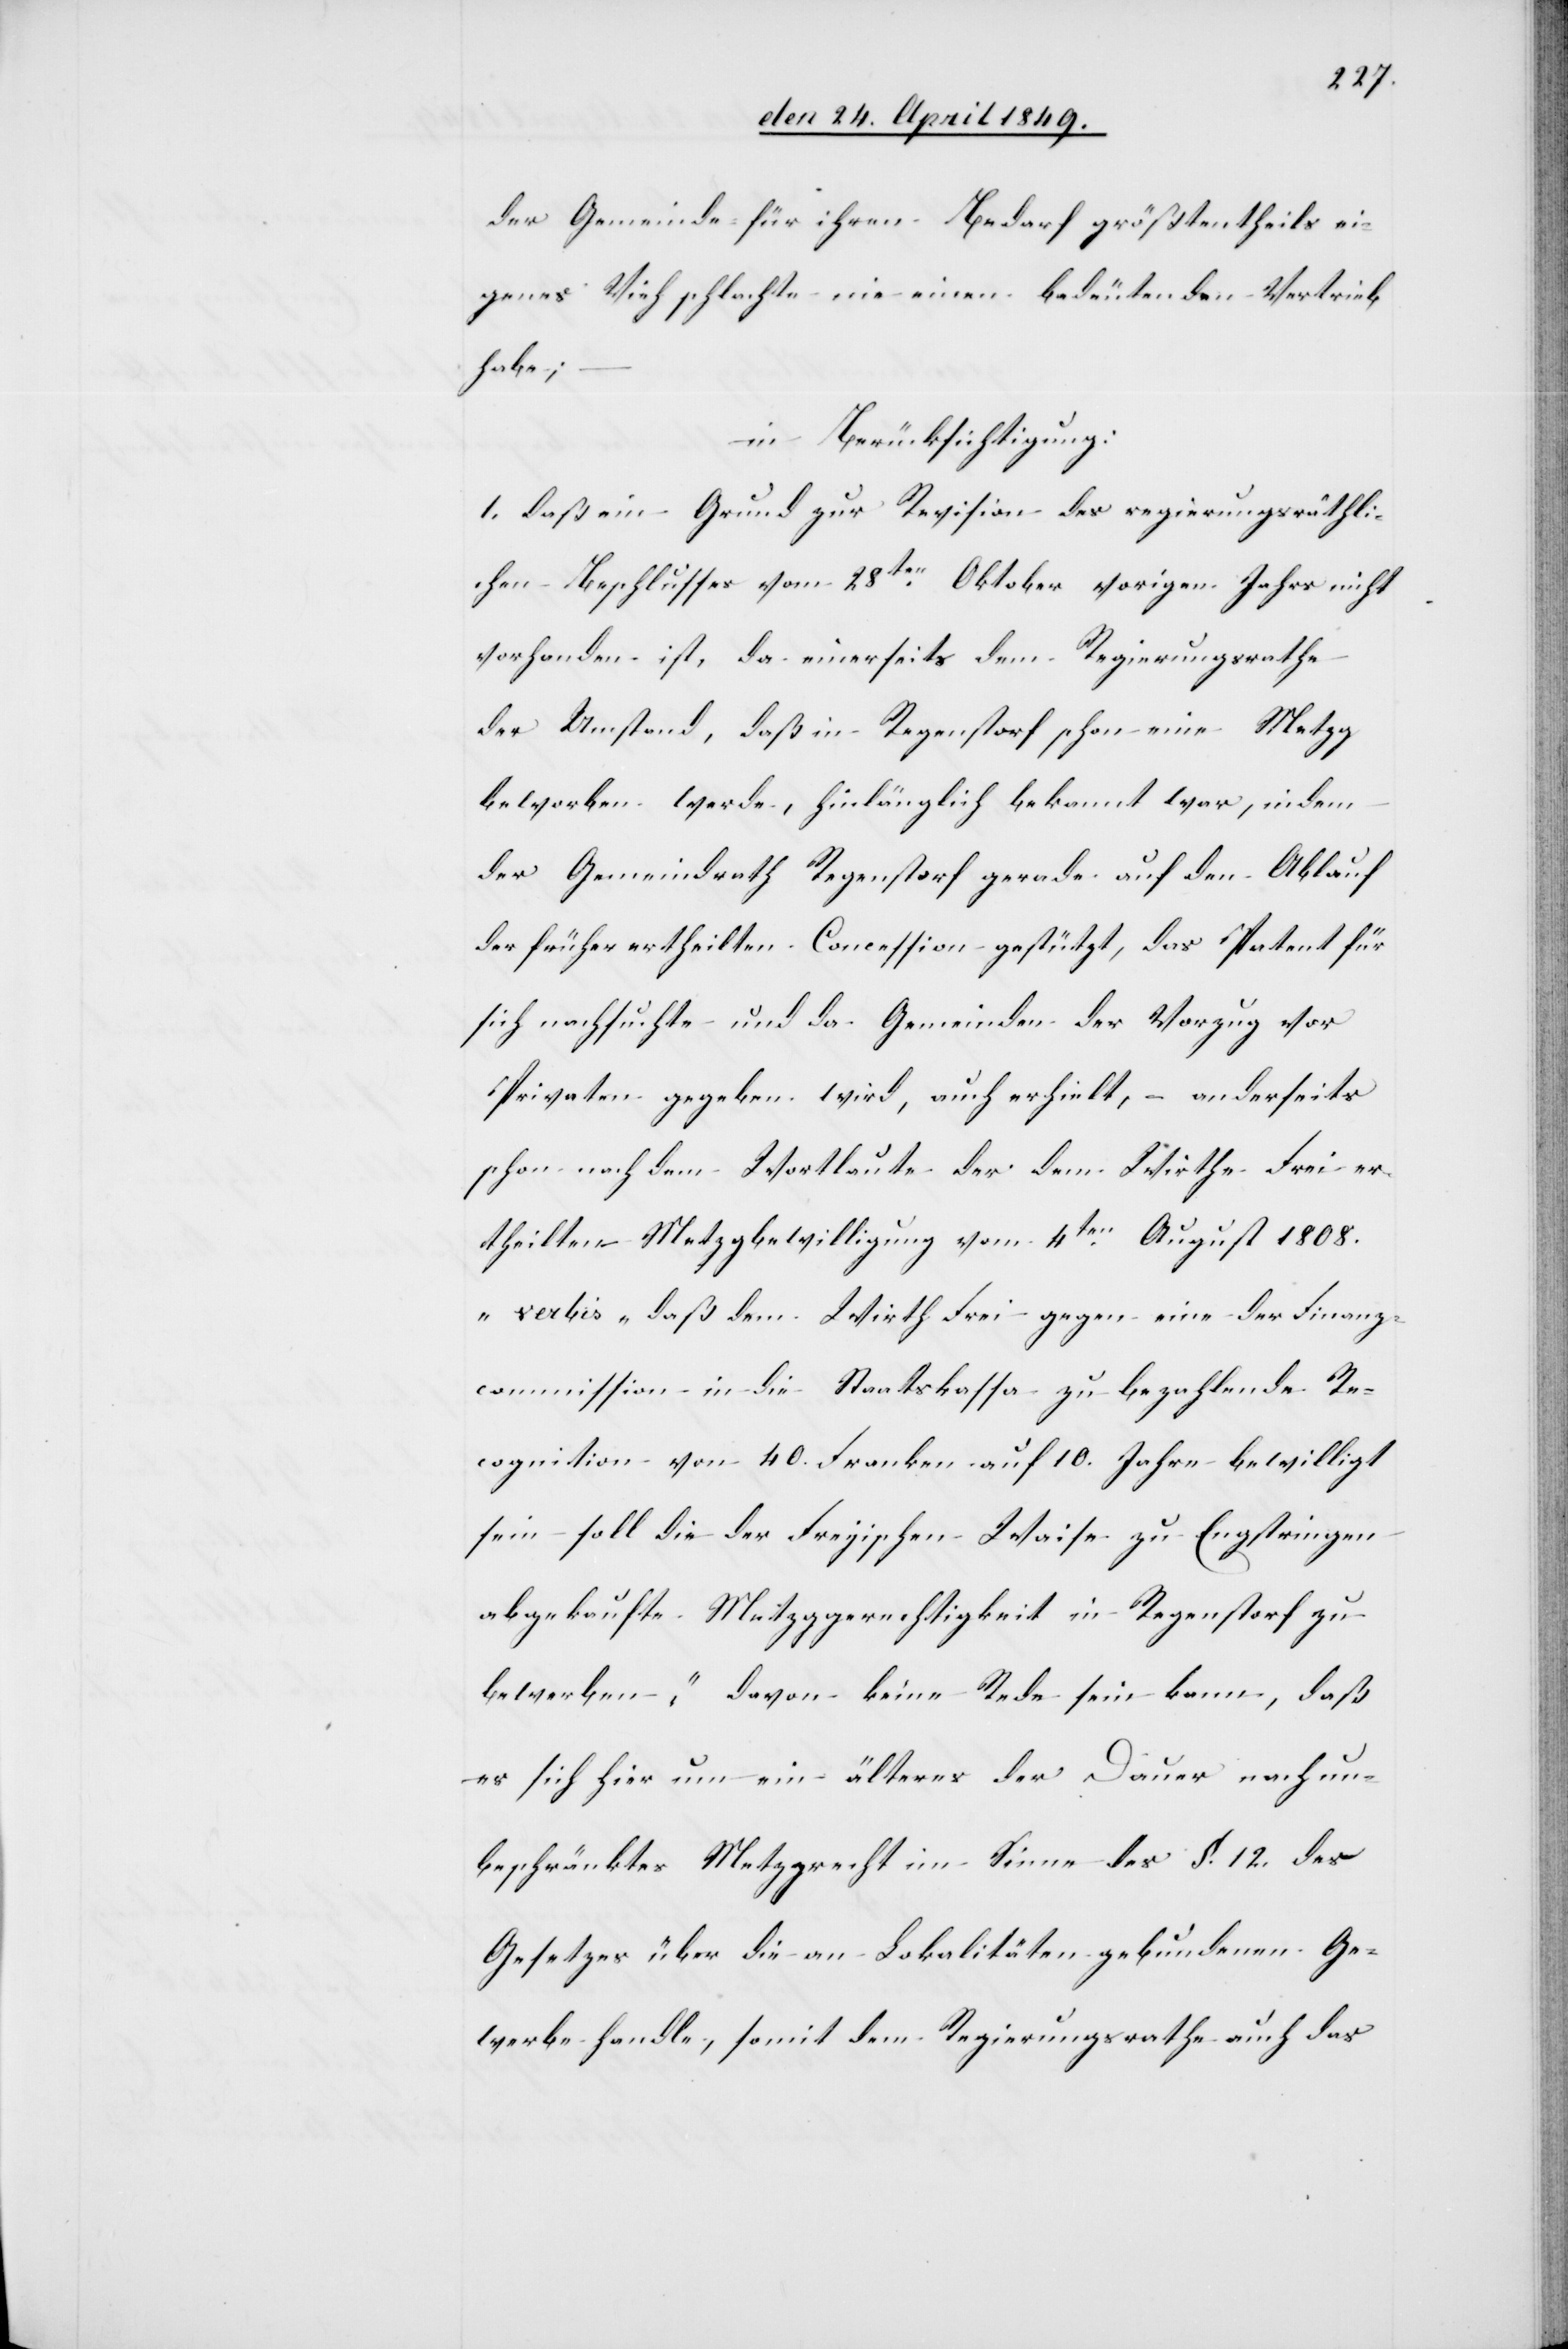
der Gemeinde für ihren Bedarf größtentheils ei¬
genes Vieh schlachte nie einen bedeutenden Vertrieb
habe; –
in Berücksichtigung:
1. daß ein Grund zur Revision des regierungsräthli¬
chen Beschlusses vom 28ten Oktober vorigen Jahrs nicht
vorhanden ist, da einerseits dem Regierungsrathe
der Umstand, daß in Regenstorf schon eine Metzg
beworben werde, hinlänglich bekannt war, indem
der Gemeindrath Regenstorf gerade auf den Ablauf
der früher ertheilten Concession gestützt, das Patent für
sich nachsuchte und da Gemeinden der Vorzug vor
Privaten gegeben wird, auch erhielt, – anderseits
schon nach dem Wortlaute der dem Wirthe Frei er¬
theilten Metzgbewilligung vom 4ten August 1808.
„verbis“ daß dem Wirth Frei gegen eine der Finanz¬
commission in die Staatskassa zu bezahlende Re¬
cognition von 40. Franken auf 10. Jahre bewilligt
sein soll die der Freyischen Waise zu Engstringen
abgekaufte Metzggerechtigkeit in Regenstorf zu
bewerben“, davon keine Rede sein kann, daß
es sich hier um ein älteres der Dauer nach un¬
beschränktes Metzgrecht im Sinne des §. 12. des
Gesetzes über die an Lokalitäten gebundenen Ge¬
werbe handle, somit dem Regierungsrathe auch das